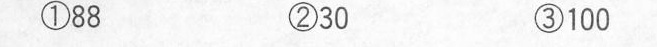
①88 ②30 ③100